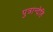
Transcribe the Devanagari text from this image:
पुत्रान्देहि